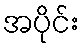
အပိုင်း